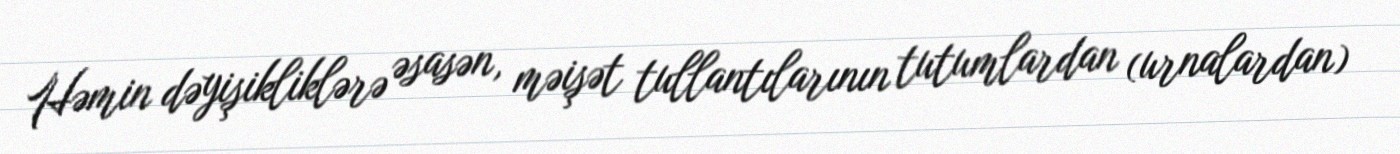
Həmin dəyişikliklərə əsasən, məişət tullantılarının tutumlardan (urnalardan)